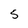
Character: 5